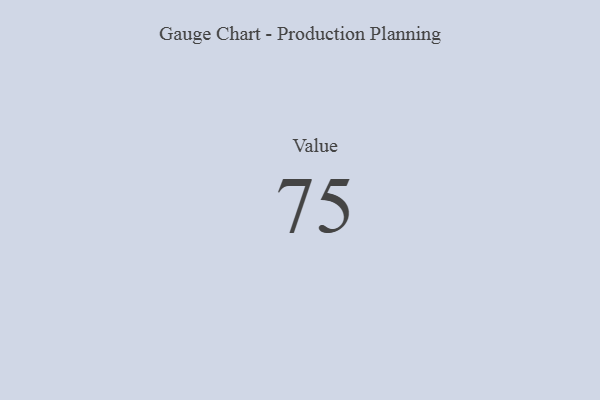
{"axis": {"x": "Metric", "y": "Value"}, "legend": [""], "data": [{"x": "Value", "y": 75, "type": ""}]}